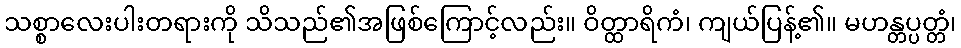
သစ္စာလေးပါးတရားကို သိသည်၏အဖြစ်ကြောင့်လည်း။ ဝိတ္ထာရိကံ၊ ကျယ်ပြန့်၏။ မဟန္တပ္ပတ္တံ၊